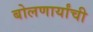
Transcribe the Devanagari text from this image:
बोलणार्यांची